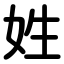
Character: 姓